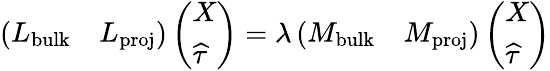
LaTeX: \left(\begin{array}{ll}{L_{\textrm{bulk}}}&{L_{\textrm{proj}}}\end{array}\right)\left(\begin{array}{l}{X}\\ {\widehat{\tau}}\end{array}\right)=\lambda\left(\begin{array}{ll}{M_{\textrm{bulk}}}&{M_{\textrm{proj}}}\end{array}\right)\left(\begin{array}{l}{X}\\ {\widehat{\tau}}\end{array}\right)